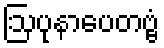
ဩပုနာပေတဗ္ဗံ